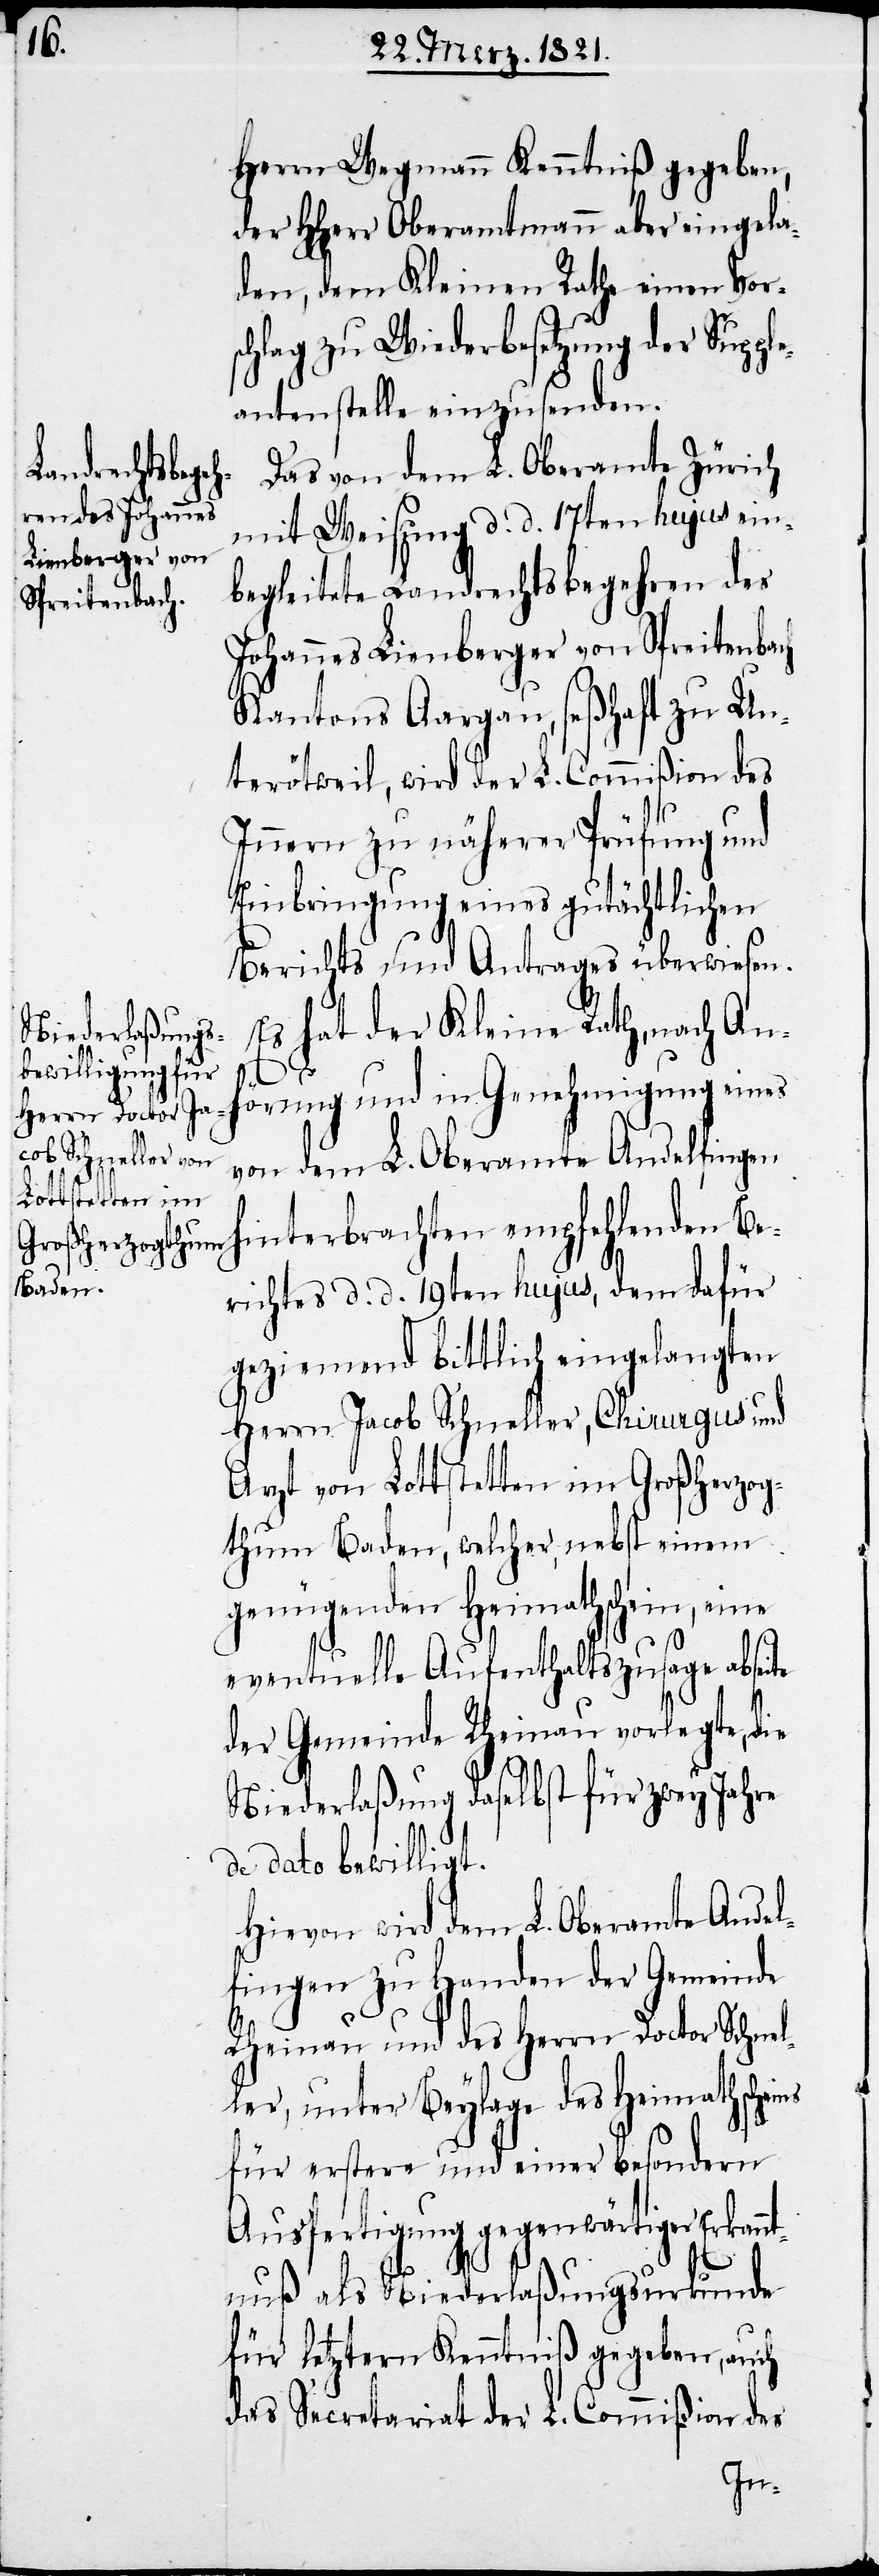
Herrn Wegmann Kenntniß gegeben,
der HHerr Oberamtmann aber eingela¬
den, dem Kleinen Rathe einen Vor¬
schlag zu Wiederbesetzung der Supple¬
antenstelle einzusenden.
Das von dem L. Oberamte Zürich
mit Weisung d. d. 17ten hujus ein¬
begleitete Landrechtsbegehren des
Johannes Lienberger von Spreitenbach
Kantons Aargau, seßhaft zu Un¬
terötweil, wird der L. Commißion des
Innern zu näherer Prüfung und
Einbringung eines gutächtlichen
Berichts und Antrages überwiesen.
Es hat der Kleine Rath, nach Anh¬
ns
örung und in Genehmigung eines
von dem L. Oberamte Andelfingen
interbrachten empfehlenden Be¬
richtes d. d. 19ten hujus, dem dafür
geziemend bittlich eingelangten
Herrn Jacob Schneller, Chirurgus und
Arzt von Lottstetten im Großherzog¬
thum Baden, welcher, nebst einem
genügenden Heimathschein, eine
eventuelle Aufenthaltszusage abseite
der Gemeinde Rheinau vorlegte, die
Niederlaßung daselbst für zwey Jahre
de dato bewilligt.
Hievon wird dem L. Oberamte Andel¬
fingen zu Handen der Gemeinde
Rheinau und des Herrn Doctor Schnel¬
ler, unter Beylage des Heimathschei¬
für erstere und einer besondern
Ausfertigung gegenwärtiger Erkan¬
ntnuß als Niederlaßungsurkunde
für letztern Kenntniß gegeben, auch
das Secretariat der L. Commißion des